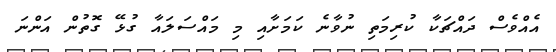
އެއްވެސް ދައްޗަކާ ކުރިމަތި ނުވާނެ ކަމަށާއި މި މައްސަލައާ ގުޅޭ ގޮތުން އަންނަ